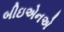
બીઇએનએ